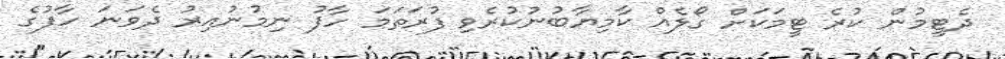
ދެޓީމުން ކުރެ ޓީމަކަށް ގޯލެއް ކާމިޔާބުނުކުރެވި ފުރަތަމަ ހާފު ނިމުނުއިރު ދެވަނަ ހާފުގެ